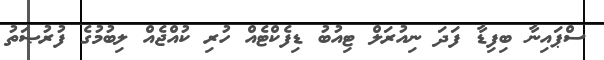
ސްޕައިނާ ބިފިޑާ ފަދަ ނިއުރަލް ޓިއުބު ޑިފެކްޓެއް ހުރި ކުއްޖެއް ލިބުމުގެ ފުރުޞަތު